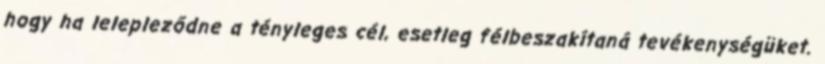
hogy ha lelepleződne a tényleges cél, esetleg félbeszakítaná tevékenységüket.